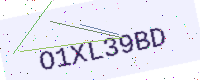
Text: O1XL39BD